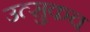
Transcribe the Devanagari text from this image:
उत्सुकच